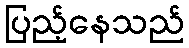
ပြည့်နေသည်